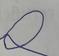
Signature authenticity: forged